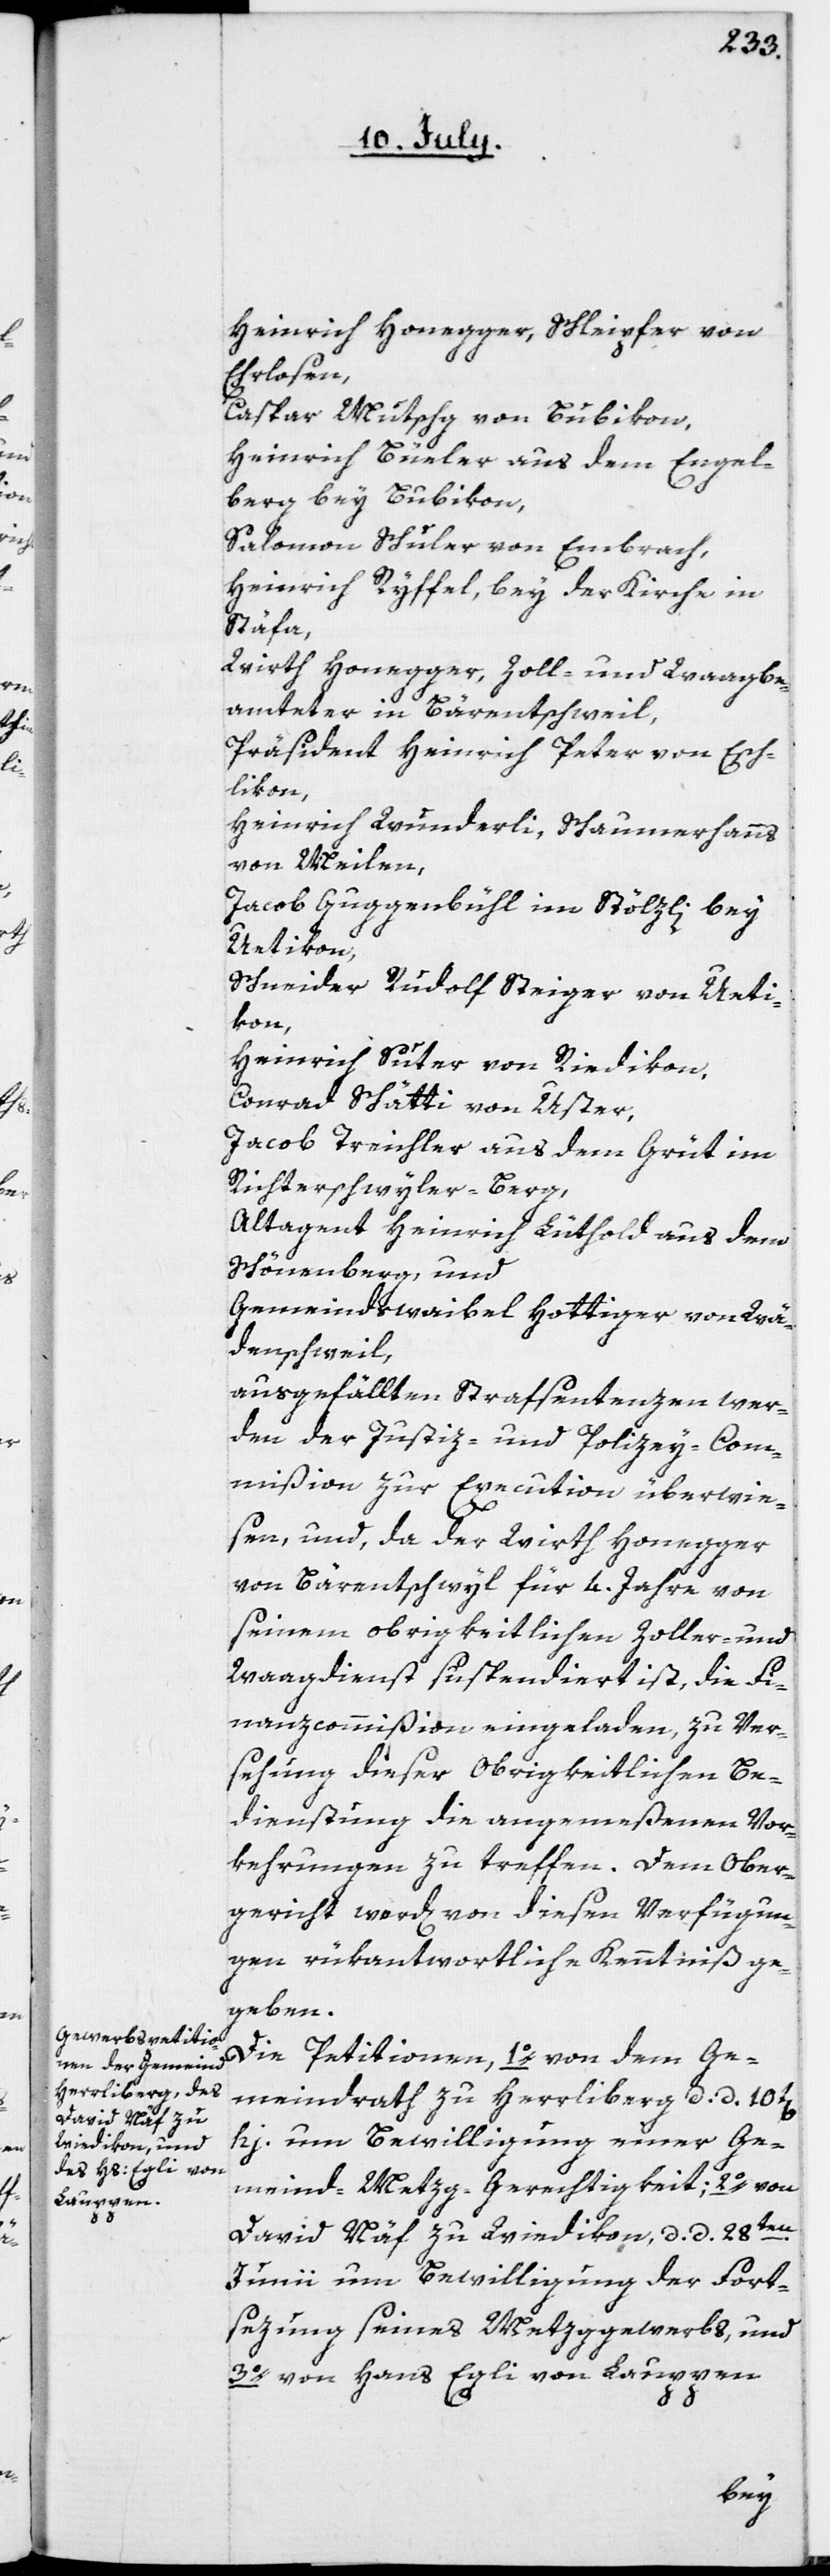
Heinrich Honegger, Schleipfer von
Ehrlosen,
Caspar Mutschg von Bubikon,
Heinrich Büeler aus dem Engel¬
berg bey Bubikon,
Salomon Schuler von Embrach,
Heinrich Ryffel, bey der Kirche in
Stäfa,
Wirth Honegger, Zoll- und Waagbe¬
amteter in Bärentschweil,
Präsident Heinrich Peter von Esch¬
likon,
Heinrich Wunderli, Schaumerhanns
von Meilen,
Jacob Guggenbühl, im Stölzli bey
Uetikon,
Schneider Rudolf Steiger von Ueti¬
kon,
Heinrich Suter von Riedikon,
Conrad Schätti von Uster,
Jacob Treichler, aus dem Grüt im
Richterschwyler-Berg,
Altagent Heinrich Lüthold, aus dem
Schönenberg, und
Gemeindsweibel Hottinger von Wä¬
denschweil,
ausgefällten Strafsentenzen wer¬
den der Justiz- und Polizey-Com¬
mißion zur Execution überwie¬
sen, und, da der Wirth Honegger
von Bärentschwyl für 4. Jahre von
seinem obrigkeitlichen Zoller- und
Waagdienst suspendiert ist, die Fi¬
nanzcommißion eingeladen, zu Ver¬
sehung dieser obrigkeitlichen Be¬
dienstung die angemeßenen Vor¬
kehrungen zu treffen. Dem Ober¬
gericht werd[en] von diesen Verfügun¬
gen rükantwortliche Kenntniß ge¬
geben.
Die Petitionen, 1o von dem Ge¬
meindrath zu Herrliberg, d: d. 10t[en]
hujus um Bewilligung einer Ge¬
meind-Metzg-Gerechtigkeit; 2o von
David Näf zu Wiedikon, d. d. 28ten
Junii um Bewilligung der Fort¬
sezung seines Metzggewerbs, und
3o von Hans Egli von Lauppen